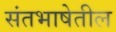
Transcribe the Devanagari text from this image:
संतभाषेतील